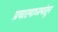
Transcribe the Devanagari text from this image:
प्रचारमाध्यमांतून